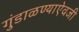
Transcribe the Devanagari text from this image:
गुंडाळण्याऐवजी